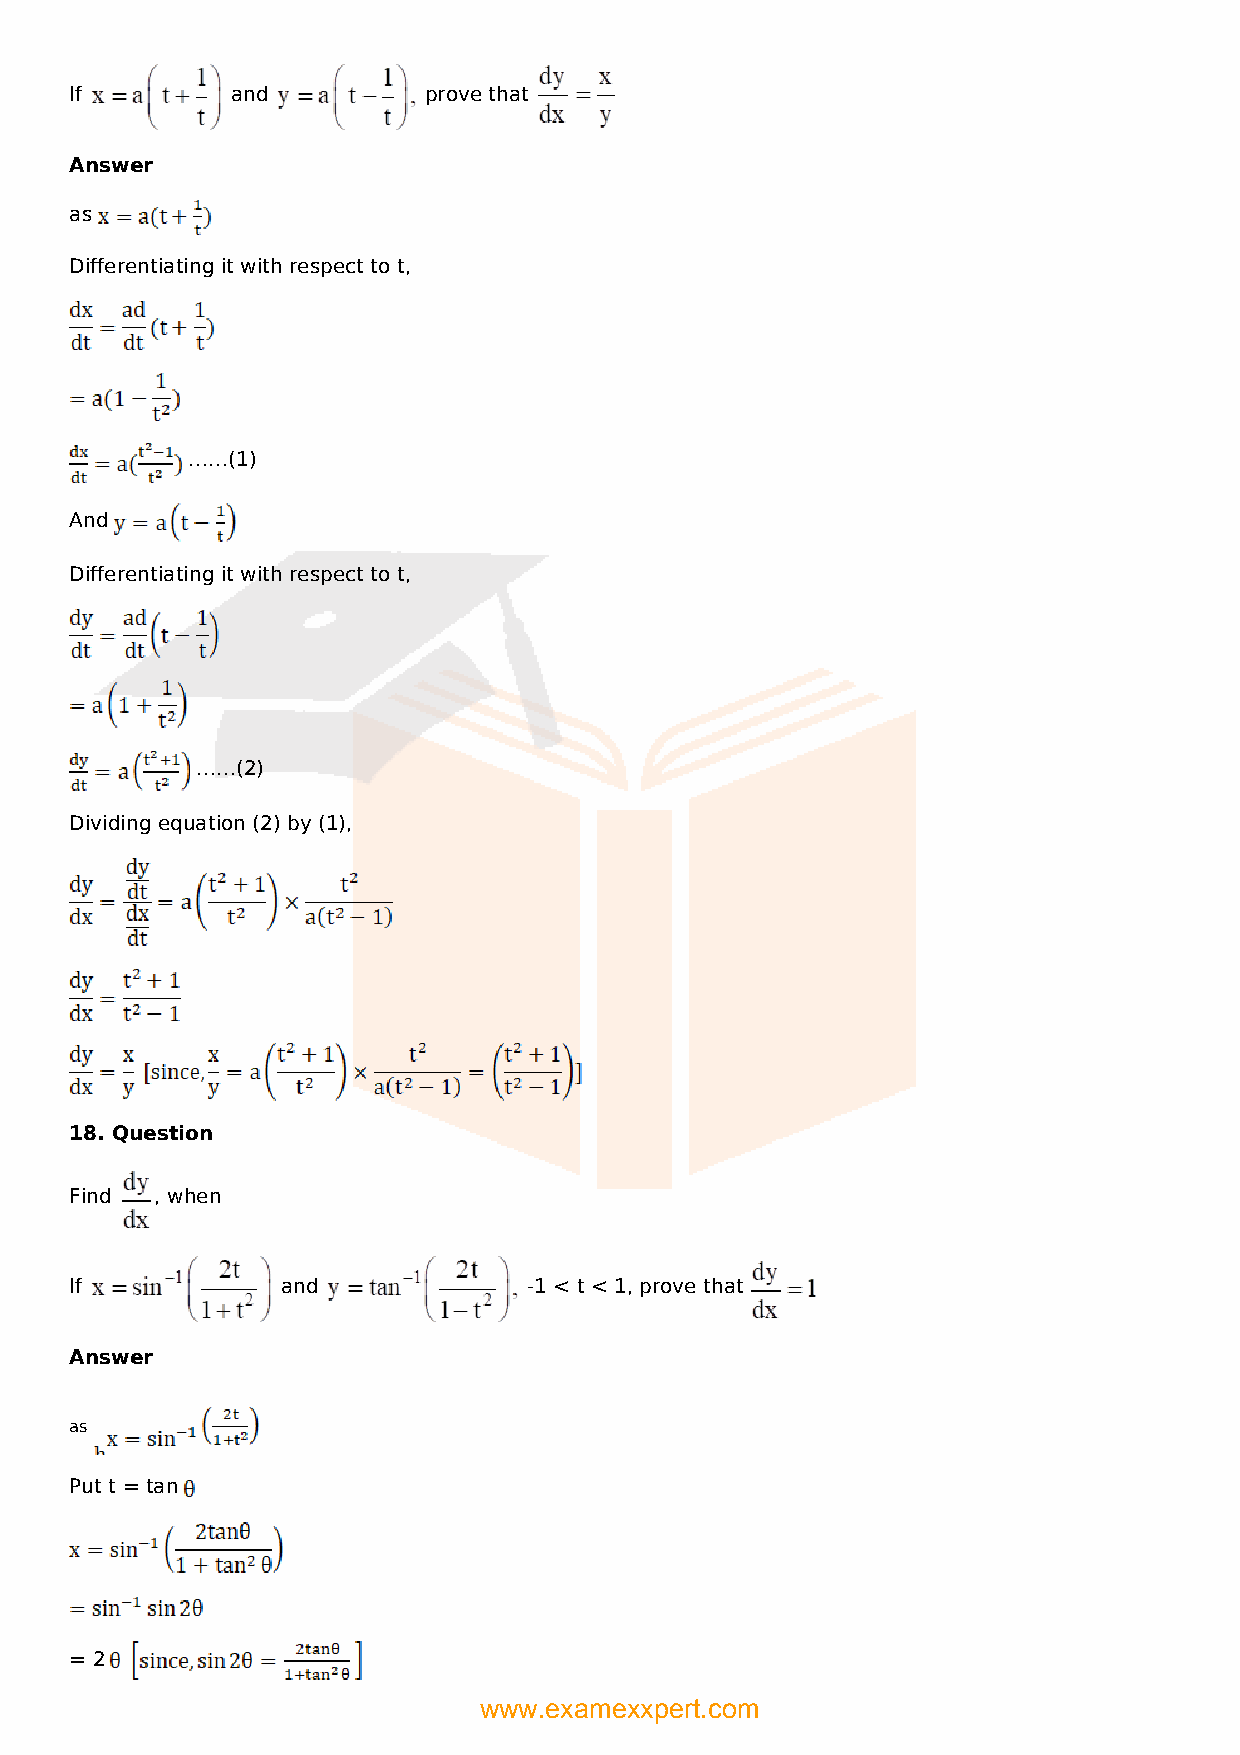
If        and          prove that
 Answer
 as
 Differentiating it with respect to t,
 ……(1)
 And
 Differentiating it with respect to t,
 ……(2)
 Dividing equation (2) by (1),
 18. Question
 Find , when
 If            and             -1 < t < 1, prove that
 Answer
 as
 Put t = tan
 = 2
 www.examexxpert.com